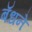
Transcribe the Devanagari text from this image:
बॅधने